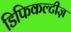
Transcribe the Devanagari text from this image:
डिफिकल्टीज़